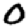
Digit: 0